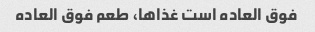
فوق العاده است غذاها، طعم فوق العاده